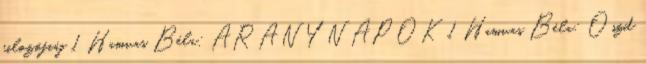
filozófiáj 1 Hamvas Béla: ARANYNAPOK 1 Hamvas Béla: Oszd